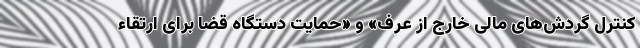
کنترل گردش‌های مالی خارج از عرف» و «حمایت دستگاه قضا برای ارتقاء